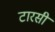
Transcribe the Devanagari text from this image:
टारसी